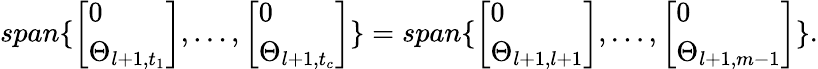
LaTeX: span\{ \left[\begin{array}{l}{0}\\ {\Theta_{l+1,t_{1}}}\end{array}\right],\dots,\left[\begin{array}{l}{0}\\ {\Theta_{l+1,t_{c}}}\end{array}\right]\} =span\{ \left[\begin{array}{l}{0}\\ {\Theta_{l+1,l+1}}\end{array}\right],\dots,\left[\begin{array}{l}{0}\\ {\Theta_{l+1,m-1}}\end{array}\right]\} .